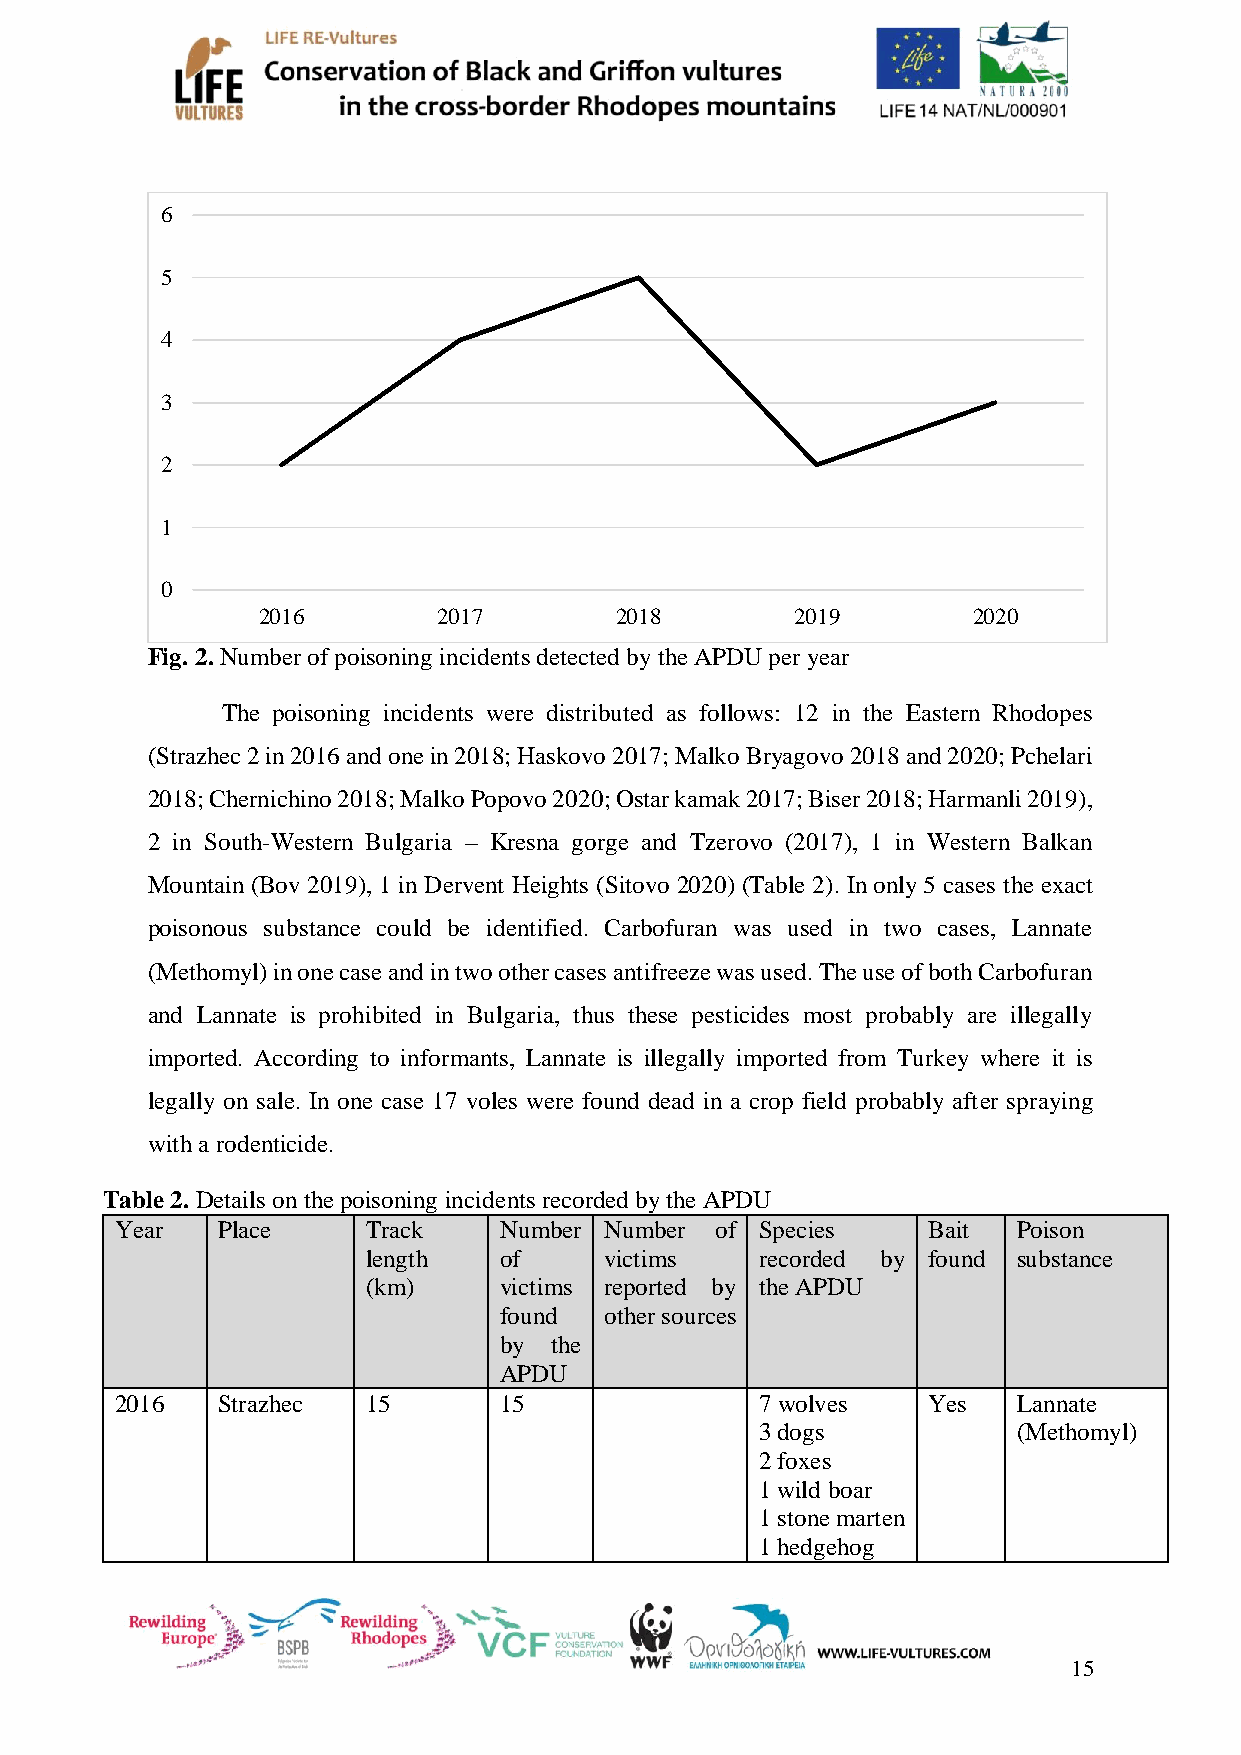
6
 5
 4
 3
 2
 1
 0
 2016        2017        2018        2019       2020
 Fig. 2. Number of poisoning incidents detected by the APDU per year
 The poisoning incidents were distributed as follows: 12 in the Eastern Rhodopes
 (Strazhec 2 in 2016 and one in 2018; Haskovo 2017; Malko Bryagovo 2018 and 2020; Pchelari
 2018; Chernichino 2018; Malko Popovo 2020; Ostar kamak 2017; Biser 2018; Harmanli 2019),
 2 in South-Western Bulgaria – Kresna gorge and Tzerovo (2017), 1 in Western Balkan
 Mountain (Bov 2019), 1 in Dervent Heights (Sitovo 2020) (Table 2). In only 5 cases the exact
 poisonous substance could be identified. Carbofuran was used in two cases, Lannate
 (Methomyl) in one case and in two other cases antifreeze was used. The use of both Carbofuran
 and Lannate is prohibited in Bulgaria, thus these pesticides most probably are illegally
 imported. According to informants, Lannate is illegally imported from Turkey where it is
 legally on sale. In one case 17 voles were found dead in a crop field probably after spraying
 with a rodenticide.
 Table 2. Details on the poisoning incidents recorded by the APDU
 Year  Place     Track    Number Number of Species    Bait  Poison
 length   of     victims   recorded by found substance
 (km)     victims reported by the APDU
 found  other sources
 by the
 APDU
 2016  Strazhec  15       15               7 wolves   Yes   Lannate
 3 dogs           (Methomyl)
 2 foxes
 1 wild boar
 1 stone marten
 1 hedgehog
 15